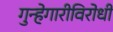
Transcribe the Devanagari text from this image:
गुन्हेगारीविरोधी